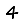
Digit: 4